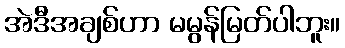
အဲဒီအချစ်ဟာ မမွန်မြတ်ပါဘူး။